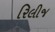
રિલીજ